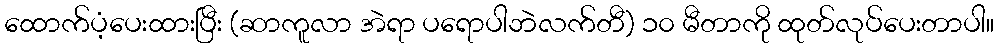
ထောက်ပံ့ပေးထားပြီး (ဆာကူလာ အဲရာ ပရောပါဘဲလက်တီ) ၁၀ မီတာကို ထုတ်လုပ်ပေးတာပါ။